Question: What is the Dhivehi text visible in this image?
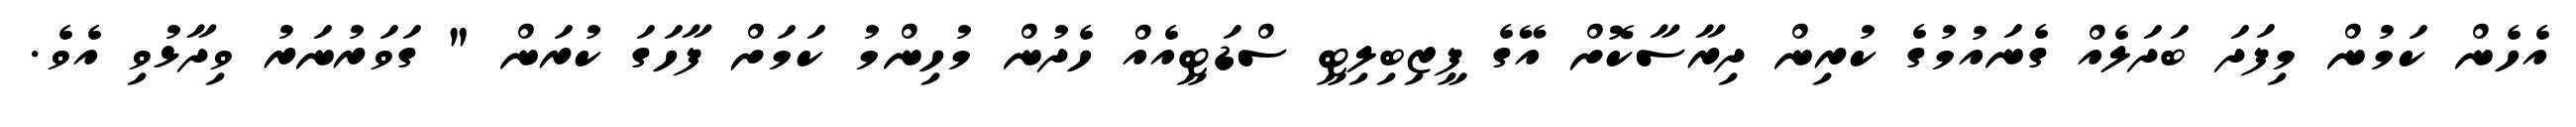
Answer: އެހެން ކަމުން މިފަދަ ބަދަލެއް ގެނައުމުގެ ކުރިން ދިރާސާކޮށް އޭގެ ފީޒިބިލިޓީ ސްޑަޓީއެއް ހެދުން މުހިންމު ކަމަށް ފާހަގަ ކުރަން " ގަވަރުނަރު ވިދާޅުވި އެވެ.